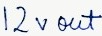
Text: 12v out